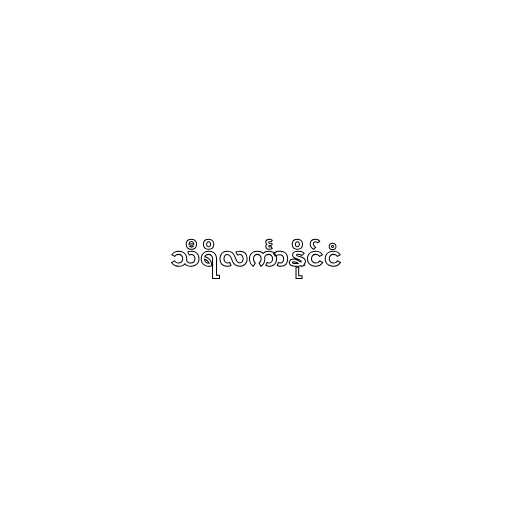
သီရိလင်္ကာနိုင်ငံ